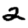
Digit: 2